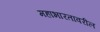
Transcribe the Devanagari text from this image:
महाभारतावरील